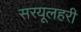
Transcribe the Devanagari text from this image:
सरयूलहरी